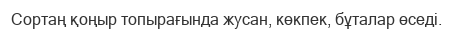
Сортаң қоңыр топырағында жусан, көкпек, бұталар өседі.